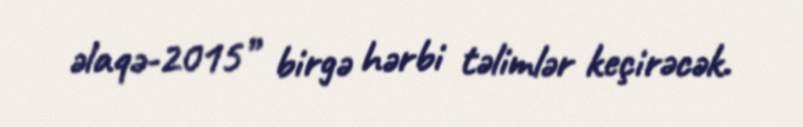
əlaqə-2015” birgə hərbi təlimlər keçirəcək.